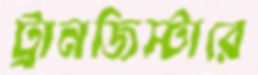
ট্রানজিস্টারে